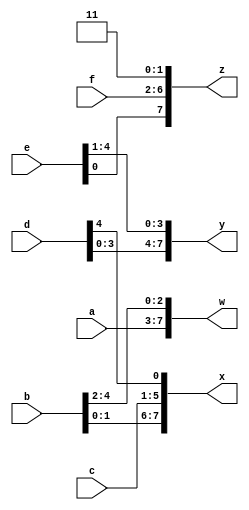
module top_module (
    input [4:0] a, b, c, d, e, f,
    output [7:0] w, x, y, z );//
    assign w[7:0]={a[4:0],b[4:2]};
    assign x[7:0]={b[1:0],c[4:0],d[4]};
    assign y[7:0]={d[3:0],e[4:1]};
    assign z[7:0]={e[0],f[4:0],2'b11};
    // assign { ... } = { ... };

endmodule


// {3'b111, 3'b000} => 6'b111000
// {1'b1, 1'b0, 3'b101} => 5'b10101
// {4'ha, 4'd10} => 8'b10101010     // 4'ha and 4'd10 are both 4'b1010 in binary